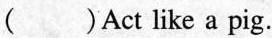
（）Act like a pig.